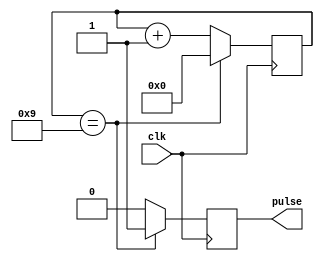
module async_pulse_generator (
    input wire clk,
    output wire pulse
);

reg [3:0] counter;

always @(posedge clk) begin
    if (counter == 4'd9) begin
        pulse <= 1;
        counter <= 4'd0;
    end else begin
        pulse <= 0;
        counter <= counter + 1;
    end
end

endmodule